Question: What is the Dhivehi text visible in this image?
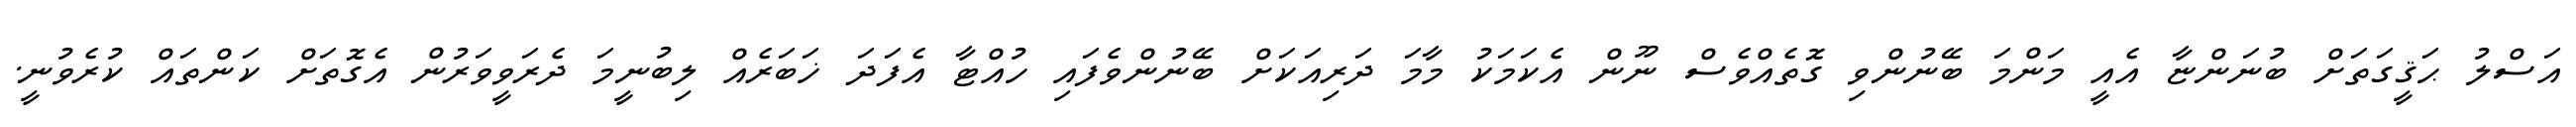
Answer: އަސްލު ޙަޤީގަތަށް ބުނަންޏާ އެއީ މަންމަ ބޭނުންވި ގޮތެއްވެސް ނޫން އެކަމަކު މާމަ ދަރިއަކަށް ބޭނުންވެފައި ހުއްޓާ އެފަދަ ޚަބަރެއް ލިބުނީމަ ދެރަވީވަރުން އެގޮތަށް ކަންތައް ކުރެވުނީ.